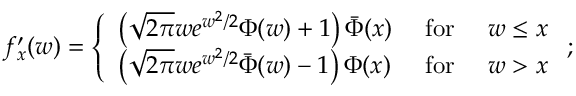
f _ { x } ^ { \prime } ( w ) = \left\{ \begin{array} { l l } { \left( \sqrt { 2 \pi } w e ^ { w ^ { 2 } / 2 } \Phi ( w ) + 1 \right) \bar { \Phi } ( x ) } & { \mathrm { ~ f o r ~ } \quad w \leq x } \\ { \left( \sqrt { 2 \pi } w e ^ { w ^ { 2 } / 2 } \bar { \Phi } ( w ) - 1 \right) \Phi ( x ) } & { \mathrm { ~ f o r ~ } \quad w > x } \end{array} \right. ;